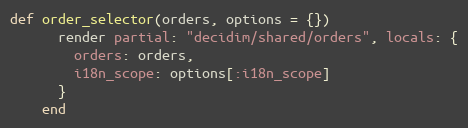
Language: Ruby
def order_selector(orders, options = {})
      render partial: "decidim/shared/orders", locals: {
        orders: orders,
        i18n_scope: options[:i18n_scope]
      }
    end